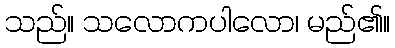
သည်။ သလောကပါလော၊ မည်၏။